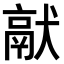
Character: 𤡎